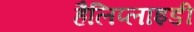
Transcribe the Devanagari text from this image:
हैलिप्लाइडी